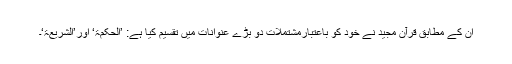
ان کے مطابق قرآن مجید نے خود کو باعتبارمشتملات دو بڑے عنوانات میں تقسیم کیا ہے: ’الحکمۃ‘ اور’الشریعۃ‘۔